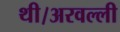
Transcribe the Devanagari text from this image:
थी।अरवल्ली